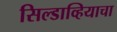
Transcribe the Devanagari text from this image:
सिल्डाव्हियाचा